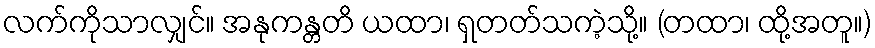
လက်ကိုသာလျှင်။ အနုကန္တတိ ယထာ၊ ရှတတ်သကဲ့သို့။ (တထာ၊ ထို့အတူ။)